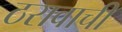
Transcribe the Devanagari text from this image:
ठरावाची